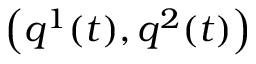
\left( q ^ { 1 } ( t ) , q ^ { 2 } ( t ) \right)